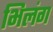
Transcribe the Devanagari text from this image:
भिलंग